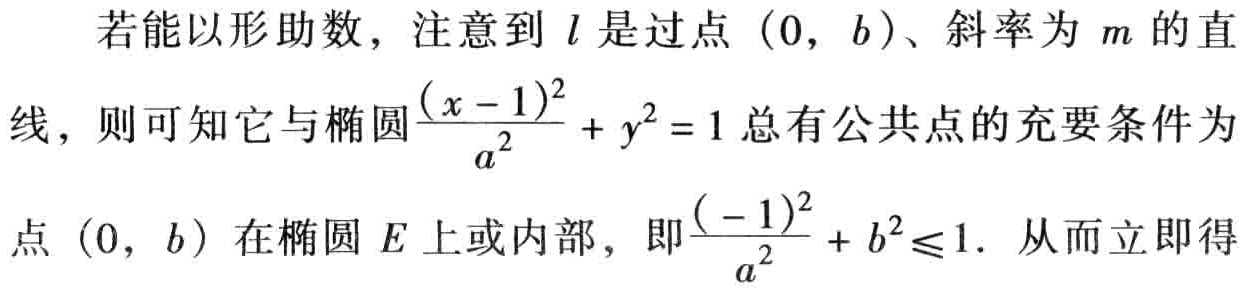
若能以形助数，注意到 \(l\) 是过点 \((0,\ b)\)、斜率为 \(m\) 的直线，则可知它与椭圆\(\frac{(x - 1)^2}{a^2}+y^2 = 1\) 总有公共点的充要条件为点 \((0,\ b)\) 在椭圆 \(E\) 上或内部，即\(\frac{(-1)^2}{a^2}+b^2\leqslant1\). 从而立即得